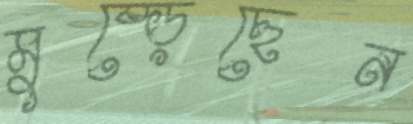
মুষ্‌ড়েছেন